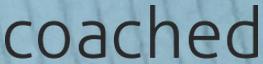
coached